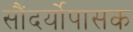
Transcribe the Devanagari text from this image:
सौंदर्योपासक